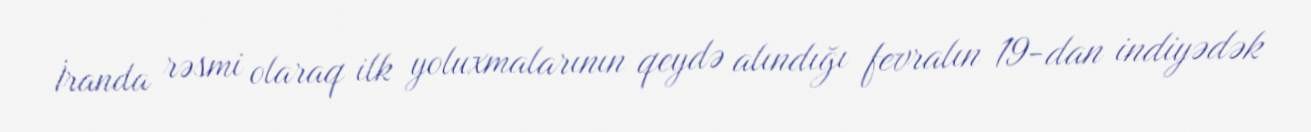
İranda rəsmi olaraq ilk yoluxmalarının qeydə alındığı fevralın 19-dan indiyədək